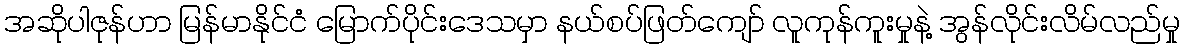
အဆိုပါဇုန်ဟာ မြန်မာနိုင်ငံ မြောက်ပိုင်းဒေသမှာ နယ်စပ်ဖြတ်ကျော် လူကုန်ကူးမှုနဲ့ အွန်လိုင်းလိမ်လည်မှု